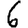
Digit: 6